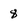
Character: 8